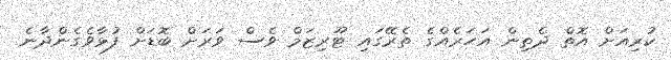
ކުރިއަށް އޮތް ދެތިން އަހަރެއްގެ ތެރޭގައި ޓޫރިޒަމް ވެސް ވަރަށް ބޮޑަށް ފުޅާވެގެންދާނެ